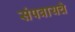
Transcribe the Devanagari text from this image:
संपवायचे